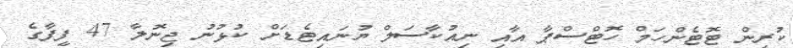
ކުރިން ޓޮޓެންހަމް ހޮޓްސްޕާ އާއި ނިއުކާސަލް ޔުނައިޓެޑަށް ކުޅުނު ޖިނޮލާ 47 ފީފާގެ